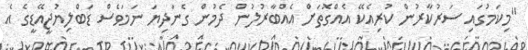
"މިކަމުގައި ސަރުކާރުން ކުރިއެކޭ އެއްގޮތަށް އެއްބާރުލުން ދެމުން ގެނަދިޔަ ނަމަވެސް ޑަބްލިޔުޖީއޭޑީގެ އެ